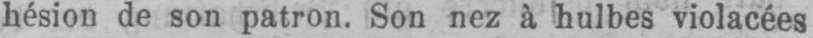
hésion de son patron. Son nez à hulbes violacées